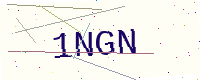
Text: 1NGN